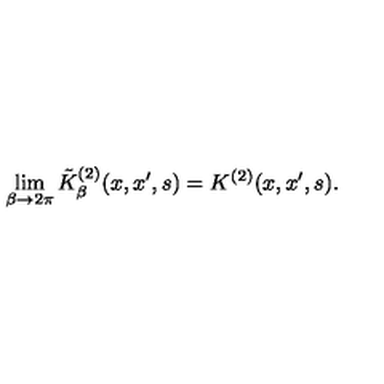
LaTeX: \lim _ { \beta \rightarrow 2 \pi } \tilde { K } _ { \beta } ^ { ( 2 ) } ( x , x ^ { \prime } , s ) = K ^ { ( 2 ) } ( x , x ^ { \prime } , s ) .